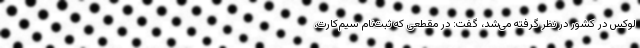
لوکس در کشور در نظر گرفته می‌شد، گفت: در مقطعی که ثبت‌نام سیم‌کارت،